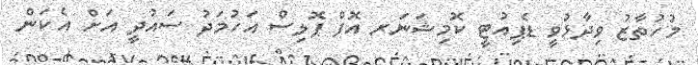
މުހުތާޒު ވިދާޅުވީ ޑެޕިއުޓީ ކޮމިޝަނަރ އޮފް ޕޮލިސް އަހުމަދު ސައުދީ އަށް އެކަން